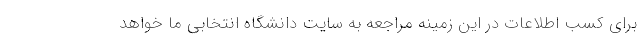
برای کسب اطلاعات در این زمینه مراجعه به سایت دانشگاه انتخابی ما خواهد